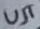
Text: UJT